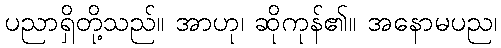
ပညာရှိတို့သည်။ အာဟု၊ ဆိုကုန်၏။ အနောမပည၊